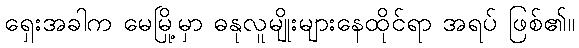
ရှေးအခါက မေမြို့မှာ ဓနုလူမျိုးများနေထိုင်ရာ အရပ် ဖြစ်၏။